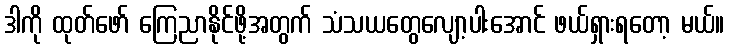
ဒါကို ထုတ်ဖော် ကြေညာနိုင်ဖို့အတွက် သံသယတွေလျော့ပါးအောင် ဖယ်ရှားရတော့ မယ်။